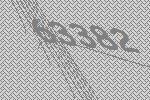
63382